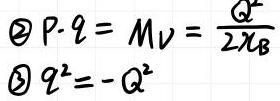
\begin{align*}
\textcircled{2} P\cdot q&=M_V=\frac{Q^2}{2\chi_B}\\
\textcircled{3} q^2&=-Q^2
\end{align*}